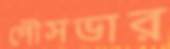
পৌসভার